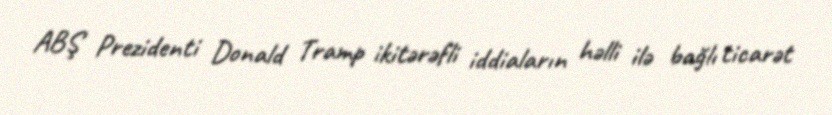
ABŞ Prezidenti Donald Tramp ikitərəfli iddiaların həlli ilə bağlı ticarət